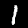
Digit: 1